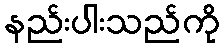
နည်းပါးသည်ကို